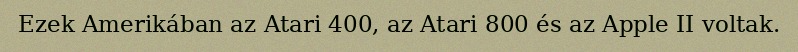
Ezek Amerikában az Atari 400, az Atari 800 és az Apple II voltak.